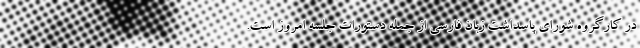
در کارگروه شورای پاسداشت زبان فارسی از جمله دستورات جلسه امروز است.